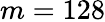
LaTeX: m=128